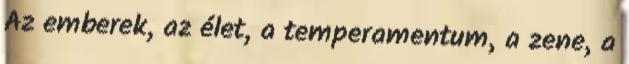
Az emberek, az élet, a temperamentum, a zene, a